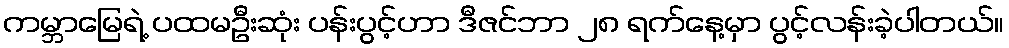
ကမ္ဘာမြေရဲ့ ပထမဦးဆုံး ပန်းပွင့်ဟာ ဒီဇင်ဘာ ၂၈ ရက်နေ့မှာ ပွင့်လန်းခဲ့ပါတယ်။